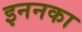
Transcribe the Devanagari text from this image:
इननका